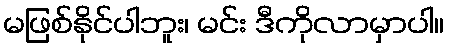
မဖြစ်နိုင်ပါဘူး၊ မင်း ဒီကိုလာမှာပါ။